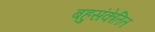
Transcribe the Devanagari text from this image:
बहुसंकेतित